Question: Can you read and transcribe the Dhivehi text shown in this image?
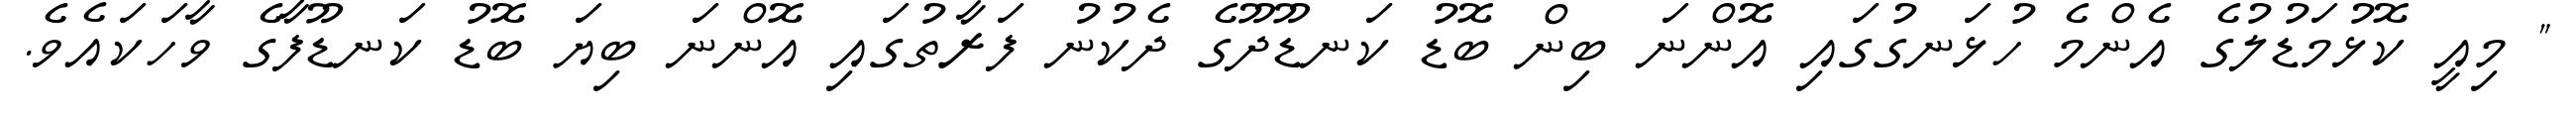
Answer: " މިއީ ކޮޅުމަޑުލުގެ އެންމެ ހުޅަނގުގައި އޮންނަ ބިން ބޮޑު ކަނޑޫދޫގެ ދެކުނު ފަރާތުގައި އޮންނަ ބިޔަ ބޮޑު ކަނޑޫފާގެ ވާހަކައެވެ.